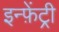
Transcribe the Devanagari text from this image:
इन्फ़ेंट्री